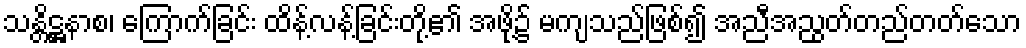
သန္တိဋ္ဌနာစ၊ ကြောက်ခြင်း ထိန့်လန့်ခြင်းတို့၏ အဖို့၌ မကျသည်ဖြစ်၍ အညီအညွတ်တည်တတ်သော